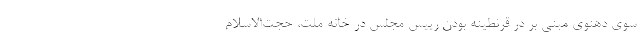
سوی دهنوی مبنی بر در قرنطینه بودن رییس مجلس در خانه ملت، حجت‌الاسلام